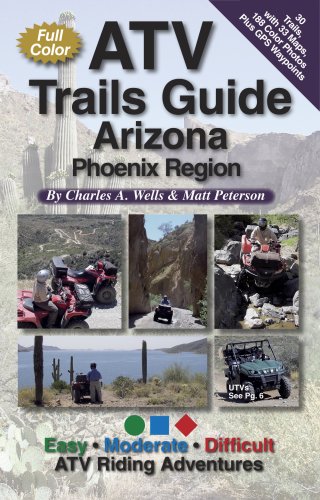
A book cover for ATV Trails Guide Arizona Phoenix Region; Charles A. Wells; Travel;